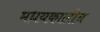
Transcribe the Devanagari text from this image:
मधयकालीन